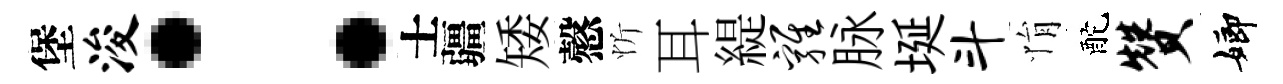
堡浚：士疆矮慤忻耳緹鸡脉埏斗悁酡赞嫏